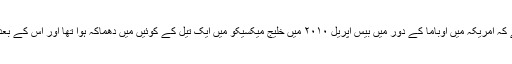
ایک بات یہ بھی یاد رکھنی چاہیے کہ امریکہ میں اوباما کے دور میں بیس اپریل ۲۰۱۰ میں خلیج میکسیکو میں ایک تیل کے کوئیں میں دھماکہ ہوا تھا اور اس کے بعد سمندر میں ٹنوں تیل بہہ نکلا تھا۔